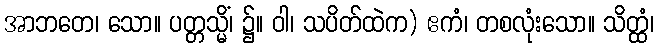
အာဘတေ၊ သော။ ပတ္တသ္မိံ၊ ၌။ ဝါ၊ သပိတ်ထဲက) ဧကံ၊ တစလုံးသော။ သိတ္ထံ၊